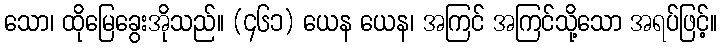
သော၊ ထိုမြေခွေးအိုသည်။ (၄၆၁) ယေန ယေန၊ အကြင် အကြင်သို့သော အရပ်ဖြင့်။